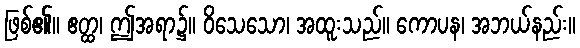
ဖြစ်၏။ ဧတ္ထ၊ ဤအရာ၌။ ဝိသေသော၊ အထူးသည်။ ကောပန၊ အဘယ်နည်း။